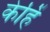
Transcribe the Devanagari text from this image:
केहिं